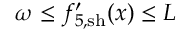
\omega \leq { f } _ { 5 , \mathrm { s h } } ^ { \prime } ( x ) \leq L